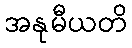
အနုမီယတိ